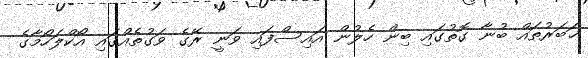
ޚަބަރުތައް ބުނާ ގޮތުގައި ބިން ހެލުން އައިސްފައި ވަނީ ރޭގެ ވަގުތެއްގައި އޯކްލަހޯމާގެ